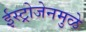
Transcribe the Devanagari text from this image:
ईस्ट्रोजेनमुळे